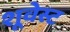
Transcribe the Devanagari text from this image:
शूवेस्ट